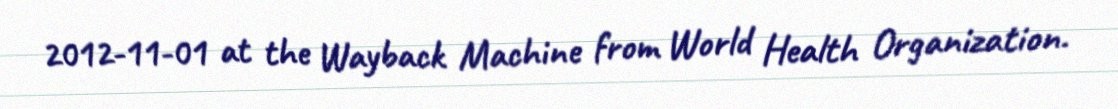
2012-11-01 at the Wayback Machine from World Health Organization.